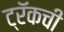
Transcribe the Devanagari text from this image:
ट्रॅकची